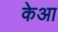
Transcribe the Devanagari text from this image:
केआ